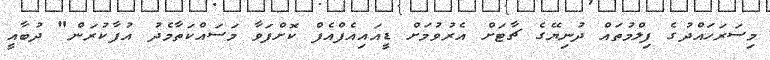
މިސަރަހައްދުގެ ފިލްމުތައް ދުނިޔޭގެ ޗާޓަށް އެރުވުމަށް ޑީއައިއެފްއެފް ކޮށްފަވާ މަސައްކަތާމެދު އުފާކުރަން" ދުބާއީ